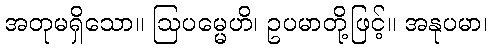
အတုမရှိသော။ ဩပမ္မေဟိ၊ ဥပမာတို့ဖြင့်။ အနုပမာ၊